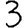
Digit: 3